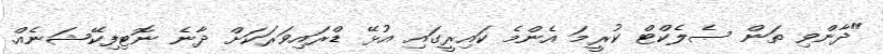
"ދާންވި ތަން ސެލެކްޓް ކުރީމަ އެންމެ ކައިރީގައި އުޅޭ ޑްރައިވަރަކަށް ދާނެ ނޮޓިފިކޭޝަނެއް.